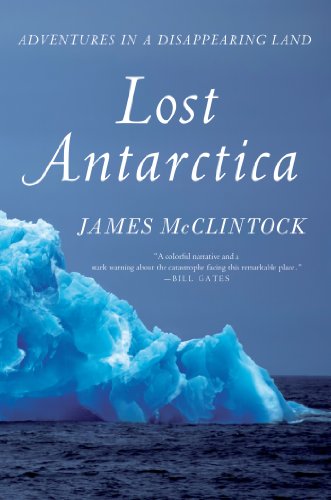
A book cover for Lost Antarctica: Adventures in a Disappearing Land (MacSci); James McClintock; Travel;